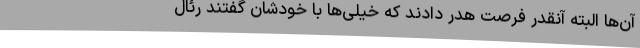
آن‌ها البته آ‌نقدر فرصت هدر دادند که خیلی‌ها با خودشان گفتند رئال